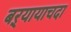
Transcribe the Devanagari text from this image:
बऱ्यायाचदा